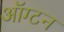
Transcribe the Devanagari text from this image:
ऑग्टन